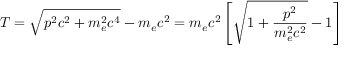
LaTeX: T = { \sqrt { p ^ { 2 } c ^ { 2 } + m _ { e } ^ { 2 } c ^ { 4 } } } - m _ { e } c ^ { 2 } = m _ { e } c ^ { 2 } \left[ { \sqrt { 1 + { \frac { p ^ { 2 } } { m _ { e } ^ { 2 } c ^ { 2 } } } } } - 1 \right]